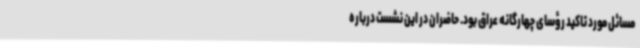
مسائل مورد تاکید رؤسای چهارگانه عراق بود. حاضران در این نشست درباره